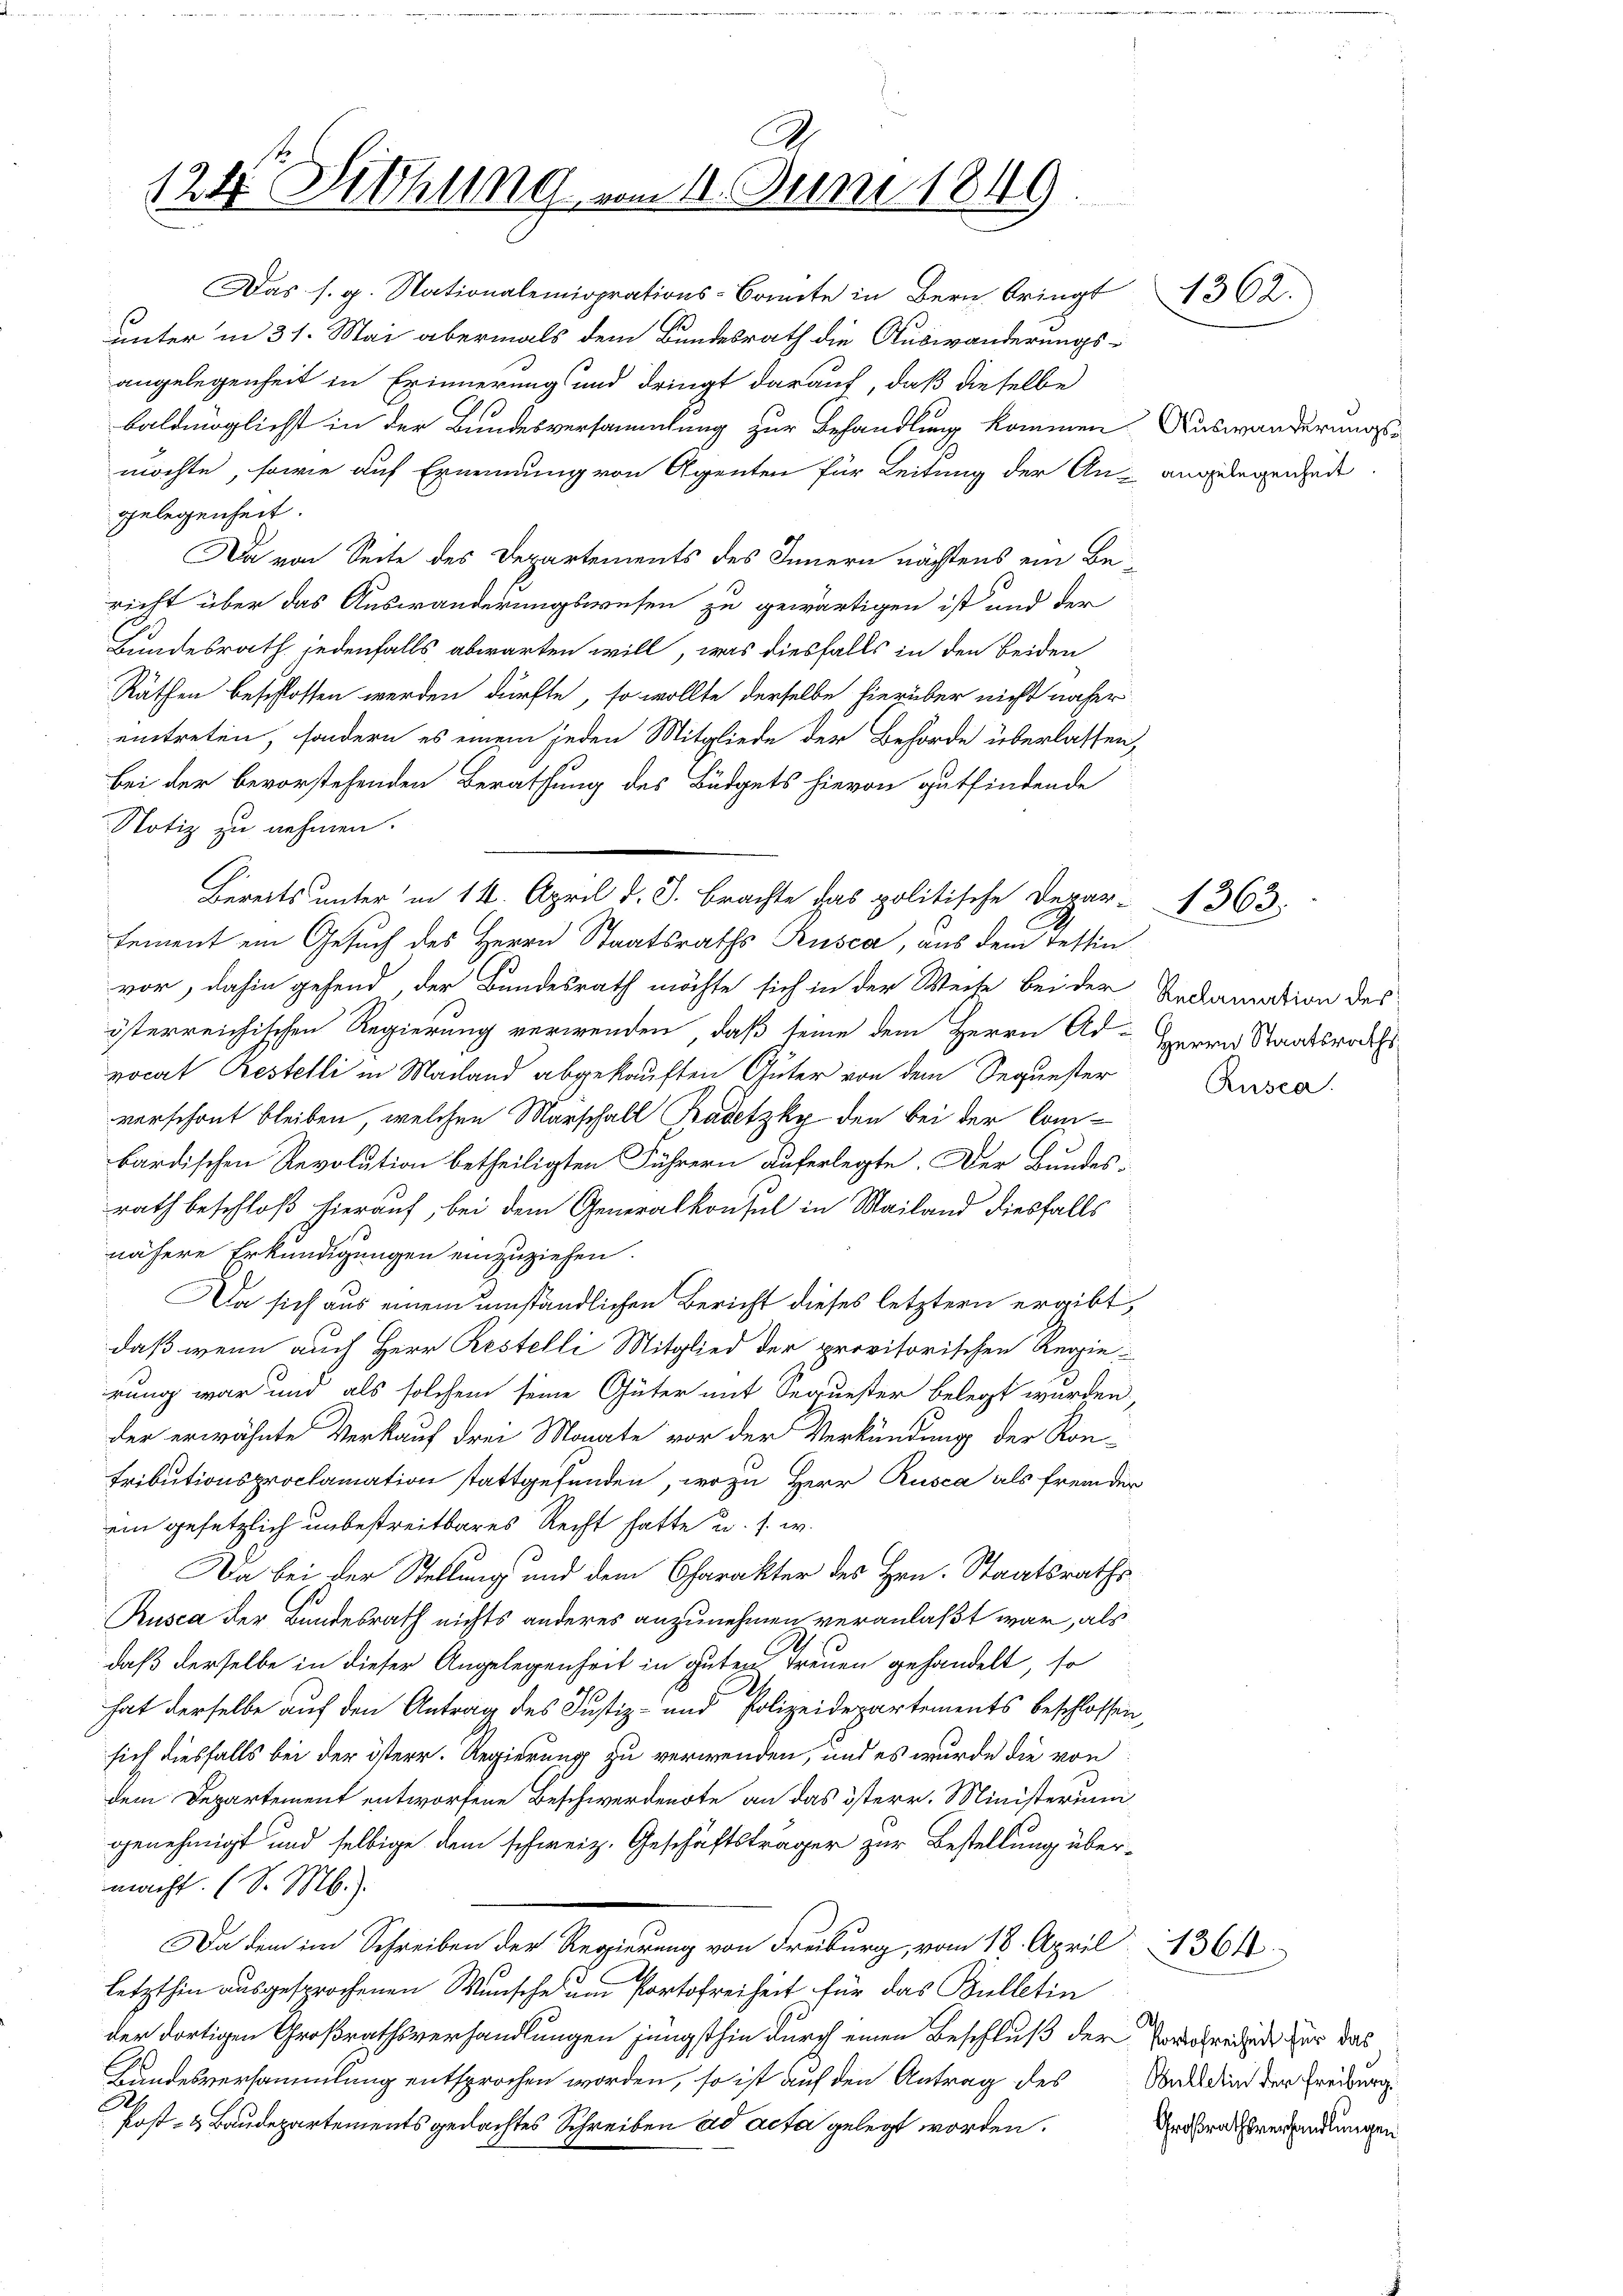
124. Siehung vom 14. Juni 1849

Das s. g. Nationaleniorations-Comite in Bern bringt 4362.
s
unter in 31. Mai abermals dem Bundesrath die Auswanderungsangelegenheit in Erinnerung und dringt darauf, daß dieselbe
baldmöglichst in der Bundesversammlung zur Behandlung kommen
möchte, sowie auf Ernennung von Agenten für Leitung der An- angelegengede
gelegenheit.
Da von Seite des Departements des Innern nächstens ein Bericht über das Auswanderungswesen zu gewärtigen ist und der
Bundesrath jedenfalls abwarten will, was diesfalls in den beiden
Räthen beschlossen werden dürfte, so wollte derselbe hierüber nicht näher
eintreten, sondern es einem jeden Mitgliede der Behörde überlassen,
Bei der bevorstehenden Berathung des Büdgets hievon gutfindende
Notiz zu nehmen.
vor, dahin gehend, der Bundesrath möchte sich in der Weise bei der Andamation des
österreichischen Regierung verwenden, daß seine dem Herrn Ad-Herrn Staatsrech
vocat Restelli in Machland abgekauften Güter von dem Sequester
verschont bleiben, welchen Marschall Kadetzky den bei der Combardischen Revolution betheiligten Führern auferlegte. Der Bundes-
rath beschloß hierauf, bei dem Generalkonsul in Mailand diesfalls
nähere Erkundigungen einzuziehen.
Da sich aus einem umständlichen Bericht dieses letztern ergibt,
daß wenn auch Herr Restelli Mitglied der provisorischen Regierung war und als solchem seine Güter mit Sequester belegt werden,
der erwähnte Verkauf drei Monate vor der Verkündung der Kon-
Tributionsproclamation stattgefunden, wozu Herr Rusca als fremder
ein gesetzlich unbestreitbares Recht hatte u. s. w.
Da bei der Stellung und dem Charakter des Hrn. Staatsraths¬
Rusca der Bundesrath nichts anderes anzunehmen veranlaßt war, als
daß derselbe in dieser Angelegenheit in guten Treuen gehandelt, so
hat derselbe auf den Antrag des Justiz- und Polizeidepartements beschlossen,
sich diesfalls bei der österr. Regierung zu verwenden, und es wurde die von
dem Departement entworfene Beschwerdente an das österr. Ministerium
genehmigt und selbige dem schweiz. Geschäftsträger zur Bestellung übermacht. (S. M.).
Da dem im Schreiben der Regierung von Freiburg, vom 18. April 1364.
letzthin ausgesprochenen Wunsche um Portofreiheit für das Bulletin
t
der dortigen Großrathsverhandlungen jüngsthin durch einen Beschluß der Erworredet zur das
Landesversammlung entsprochen worden, so ist auf den Antrag des Was den der Freiburg
D
Post- & Baudepartements gedachtes Schreiben ad acta gelegt worden.

Bereits unter in 14. April d. J. Brachte das politische Depar- 1363.
tement ein Gesuch des Herrn Staatsraths Rusca, aus dem Testin¬

Auswanderungs

Rusca.

Großrathsverhandlungen